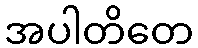
အပါတိတေ